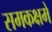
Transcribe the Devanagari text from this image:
समकक्षमे